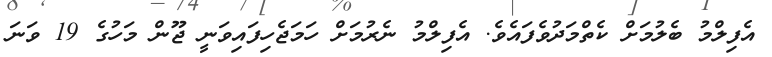
އެފިލްމު ބެލުމަށް ކެތްމަދުވެފައެވެ. އެފިލްމު ނެރުމަށް ހަމަޖެހިފައިވަނީ ޖޫން މަހުގެ 19 ވަނަ